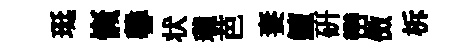
珽慨馨状瓏芭妻鱣研巒傚柝